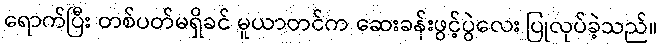
ရောက်ပြီး တစ်ပတ်မရှိခင် မူယာတင်က ဆေးခန်းဖွင့်ပွဲလေး ပြုလုပ်ခဲ့သည်။